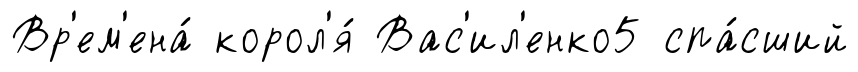
Вр'ем'ена́ корол'я́ Вас'ил'енко5 спа́сший